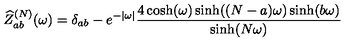
\widehat { Z } _ { a b } ^ { ( N ) } ( \omega ) = \delta _ { a b } - e ^ { - | \omega | } \frac { 4 \cosh ( \omega ) \sinh ( ( N - a ) \omega ) \sinh ( b \omega ) } { \sinh ( N \omega ) }